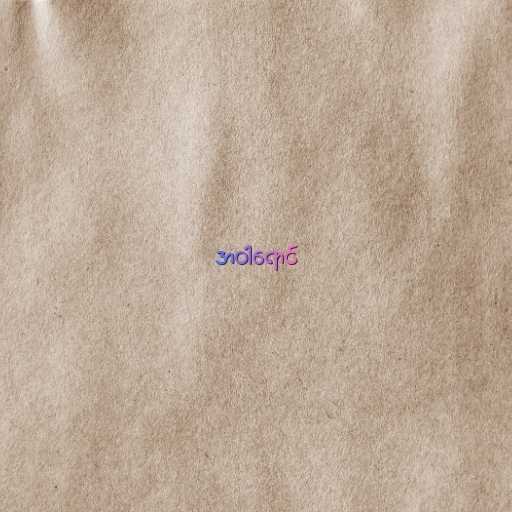
အဝါရောင်